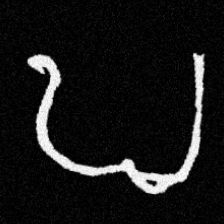
Pyu character \u2014 Myanmar letter: ဎ (romanized: ddha)